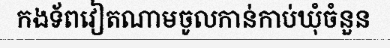
កងទ័ពវៀតណាមចូលកាន់កាប់ឃុំចំនួន